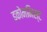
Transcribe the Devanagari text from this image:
इकोनमिस्ट